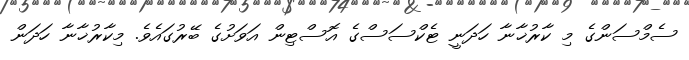
ސެމްސަންގެ މި ކާރުޚާނާ ހަދަނީ ޓެކްސަސްގެ އޮސްޓިން އަވަށުގެ ބޭރުގައެވެ. މިކާރުޚާނާ ހަދަން